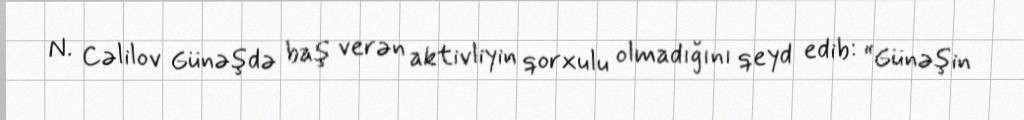
N. Cəlilov Günəşdə baş verən aktivliyin qorxulu olmadığını qeyd edib: “Günəşin